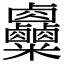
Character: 𥾄